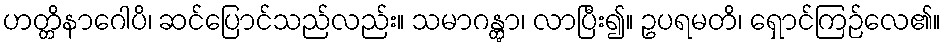
ဟတ္တိနာဂေါပိ၊ ဆင်ပြောင်သည်လည်း။ သမာဂန္တွာ၊ လာပြီး၍။ ဥပရမတိ၊ ရှောင်ကြဉ်လေ၏။